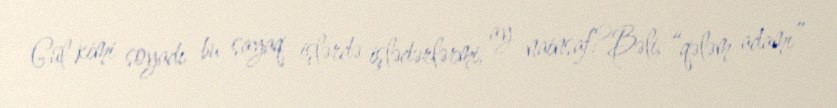
Gül kimi soyadı bu sayaq işlərdə işlədərlərmi, ay nainsaf?Bəli, “qələm adamı”